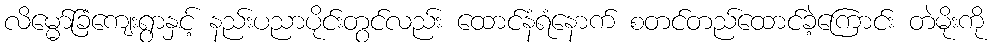
လိမ္မော်ခြံကျေးရွာနှင့် နည်းပညာပိုင်းတွင်လည်း ထောင်နံရံနောက် စတင်တည်ထောင်ခဲ့ကြောင်း တဲမိုးကို